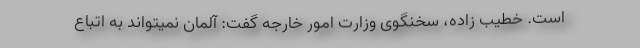
است. خطیب زاده، سخنگوی وزارت امور خارجه گفت: آلمان نمیتواند به اتباع